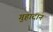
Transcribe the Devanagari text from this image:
गुहादान